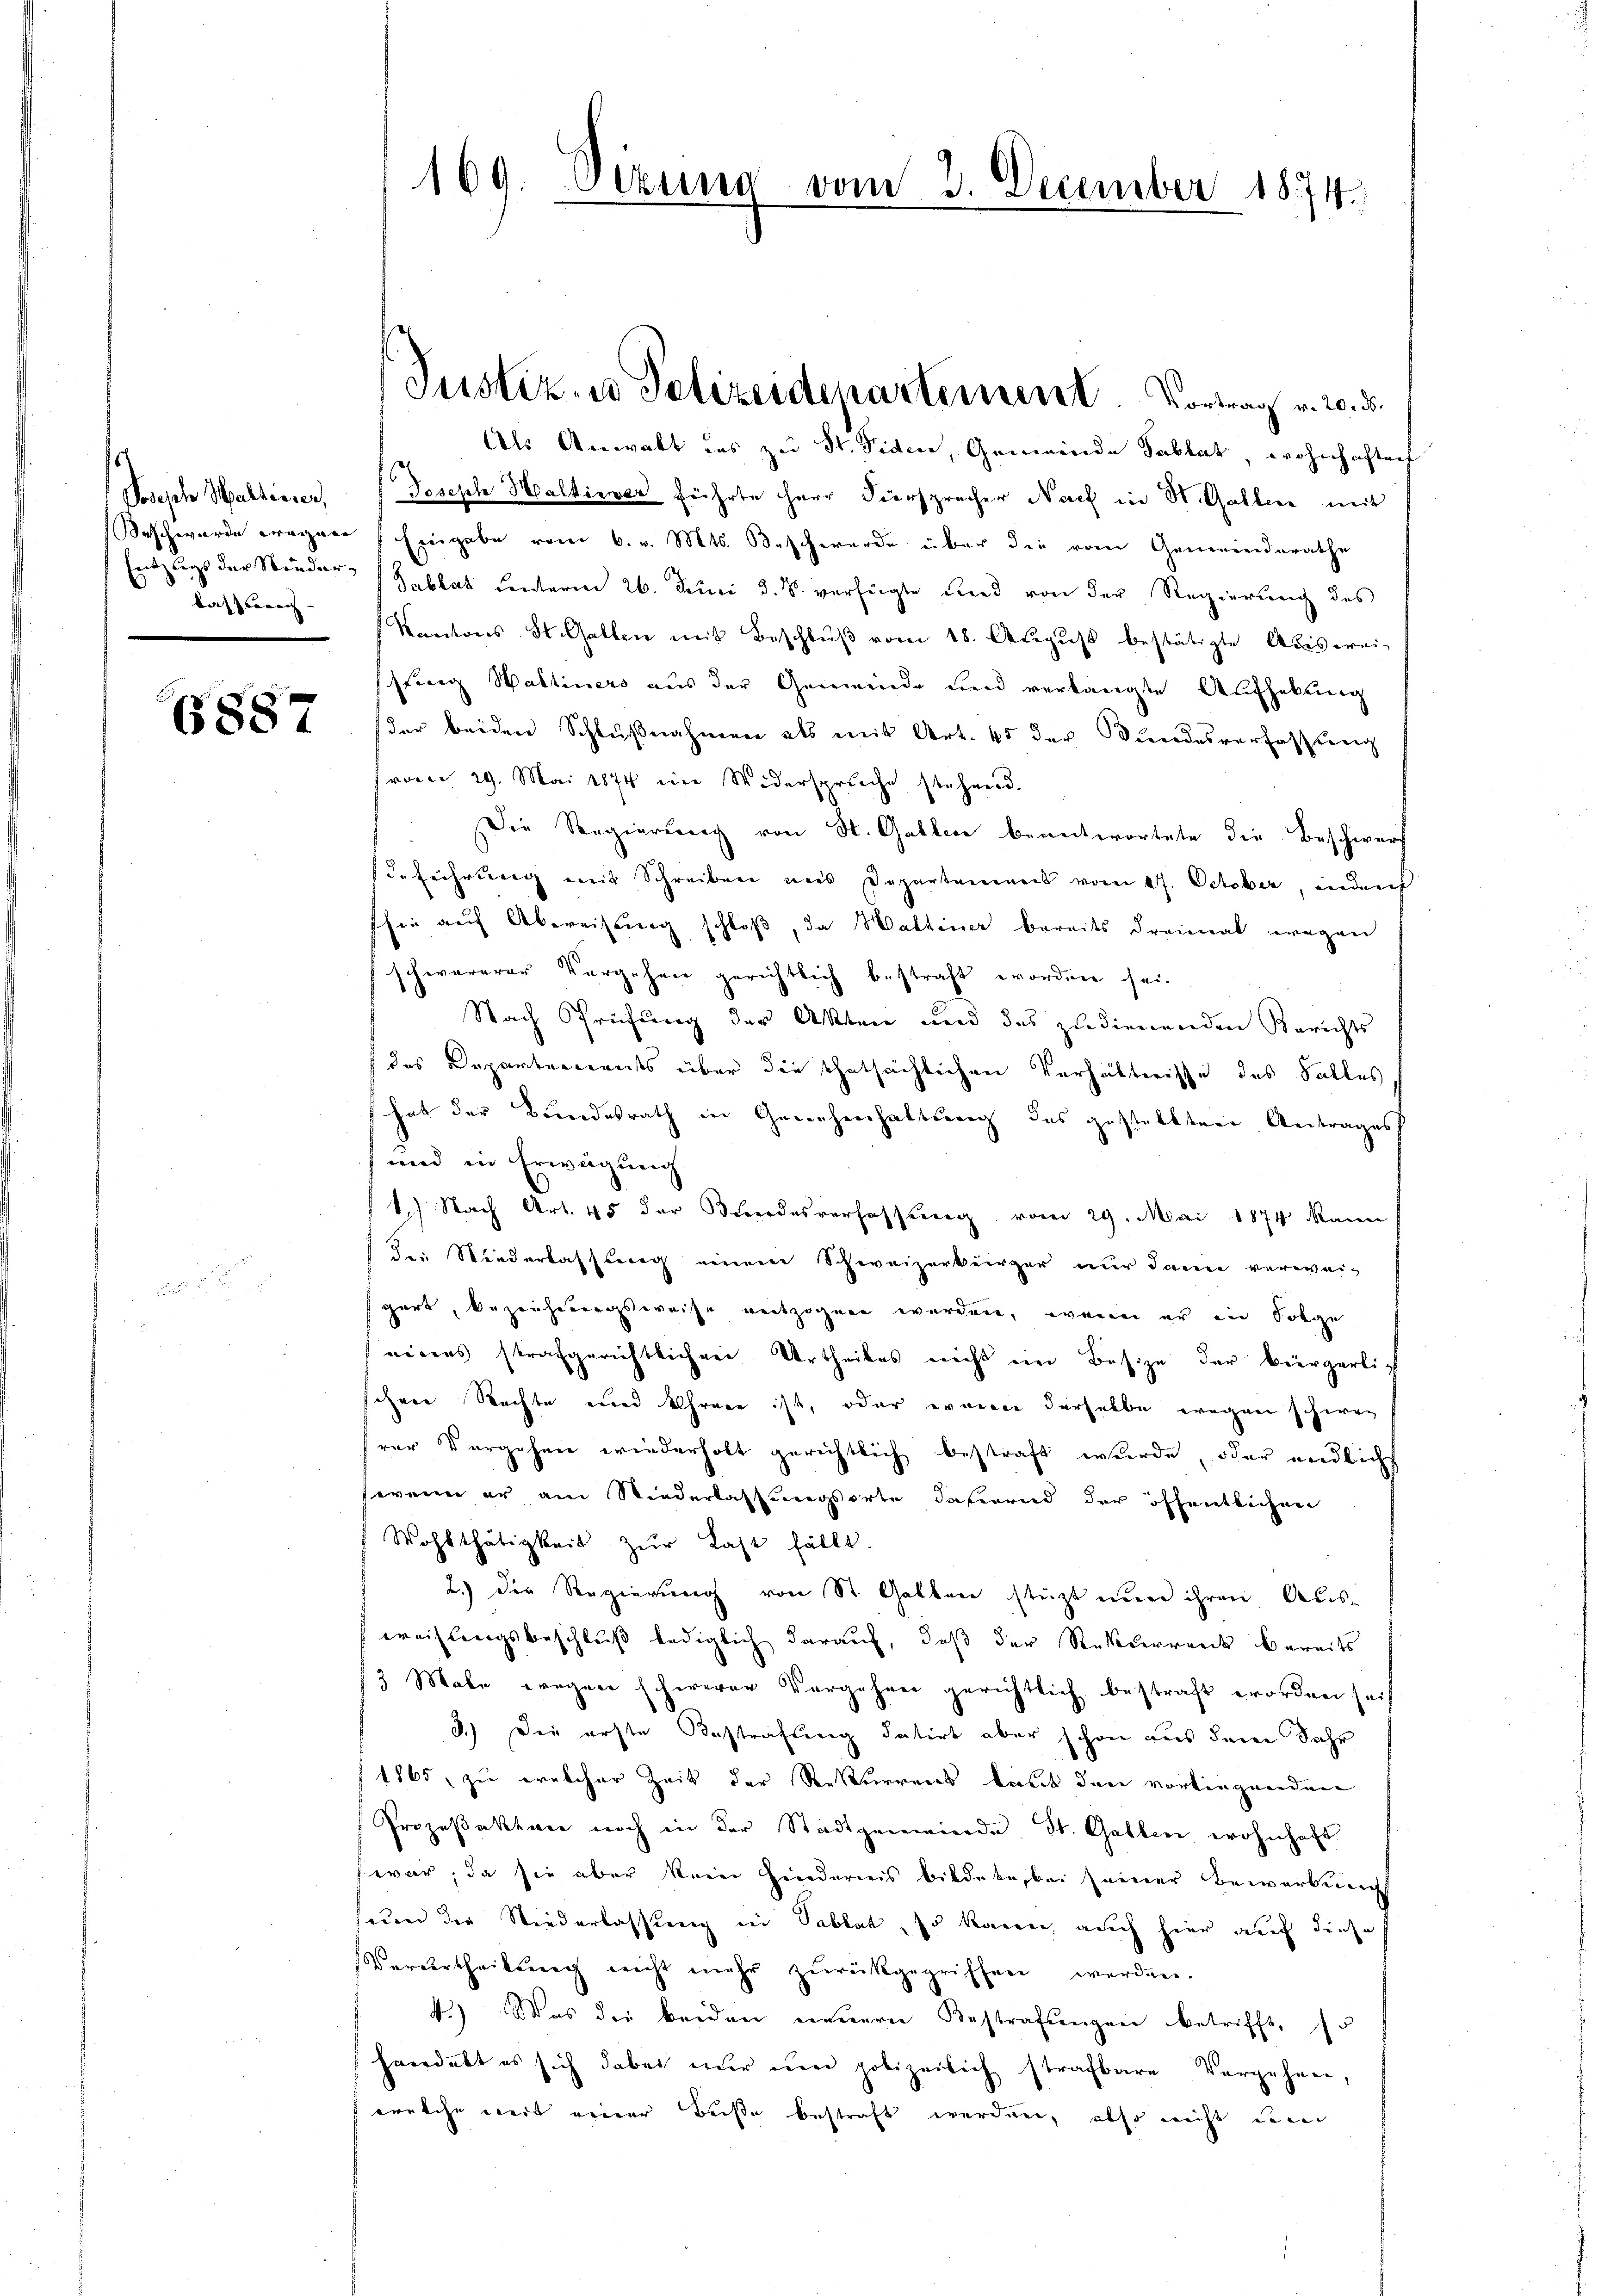
Sosisch Wallicier,
lasserrech- |

6887

Als Anwalt des zu St. Siden, Gemeinde Tablat, wohnhaftech
Doseph Haldiener führte HHerr Viersprecher Nach in St. Gallen mit
Beschwerde erogen Eingabe vom 6. v. Mts. Beschwerde über die vom Gemeinderathe
Entzŭgs der Nieder (Tablat Lenterm 26. Juni d. J. verfügte und von der Regierŭng des
Kantons St. Gallen mit Beschlŭβ vom 18. Aŭgŭst bestätigte Abiswei-
srang Waltiners aus der Gemeinde und verlangte Aufhebung
der beiden Schlußnahmen als mit Art. 45 der Bundesverfassung
(vom 29. Mai 1874 im Widerspruche stehend.
Die Regierung von St. Gallen beantwortete die Beschwerf
deführung mit Schreiben aus Departement vom 27. October, inden
shin auf Abreisung schloß, da Wattiner bereits dreimal wegen
schwererer Vergehen gerichtlich bestraft worden sei.
Nach Prüfung der Akten und des zudienenden Berichts
des Departements über die thatsächlichen Verhältnisse des Falles
hat der Bundesrath in Genehmhaltung des gestellten Antrages
und in Erwägung
1.) Nach Art. 45 der Bundesverfassung vom 29. Mai 1874 kann
dee Niederlassung einem Schweizerbürger nur dann verwei-
gart, bezeichnungsweise entzogen werden, wenn er in Folge
eigens strafgerichtlichen Urtheiles nicht in Besize der beergerli-
ihen Rechte und Ehrere ist, oder waren derselbe wegen schwer
rer Vorgehen wiederholt gerichtlich bestraft wurde, oder endlichs
wenn er am Niederlassungsorte dahernd der öffentlichen
Wohlthätigkeit zŭr Last fällt.
2.) Der Regierung von St. Gallen stützt nun ihren Ausweislingsbeschluß lediglich darauf, daß der Rekurrenk bereits
13 Male wegen schwerer Vorgehen gerichtlich bestraft worden sei
3.) Die erste Bestrafung datirt aber schon aus dem Jahr
 1865 zu welcher Zeit der Rekurrens laut dann vorliegenden
Prozeßakten noch in der Stadtgemeinde St. Gallen wohnhaft
war; da sie aber kein Hindernis bildete, bei seiner Bewerbung
seien die Niederlassung in Sablat, so kann, auch hier auf diese
Verurtheilŭng nicht mehr zŭrückgegriffen werden.
4.) Was die beiden neŭern Bestrafŭngen betrifft, so
haedekt es sich dabei einer einer polizeilich strafbare Vorgehen,
welche weit einer Beise bestraft werden, also nicht und

169

Sirung

Justiz- u Polizeidepartement. Vortrag v. 20. d.

vom 23. December 184.